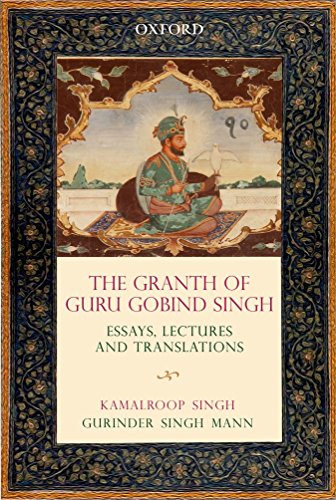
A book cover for The Gra:nth of Guru Gobind Singh: Essays, Lectures, and Translations; Religion & Spirituality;